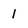
Character: 1